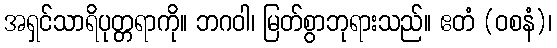
အရှင်သာရိပုတ္တရာကို။ ဘဂဝါ၊ မြတ်စွာဘုရားသည်။ ဧတံ (ဝစနံ)၊